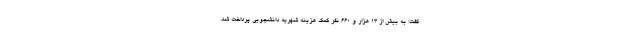
گفت: به بیش از ۱۳ هزار و ۶۶۰ نفر کمک هزینه شهریه دانشجویی پرداخت شد.